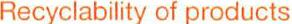
Recyclability of products